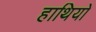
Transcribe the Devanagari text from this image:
हाथियो